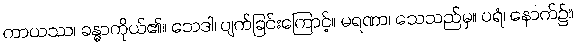
ကာယဿ၊ ခန္ဓာကိုယ်၏။ ဘေဒါ၊ ပျက်ခြင်းကြောင့်။ မရဏာ၊ သေသည်မှ။ ပရံ၊ နောက်၌။